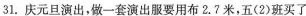
31.庆元旦演出，做一套演出服要用布2.7米，五(2)班买了